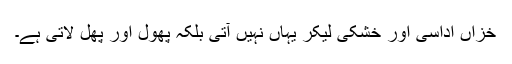
خزاں اداسی اور خشکی لیکر یہاں نہیں آتی بلکہ پھول اور پھل لاتی ہے۔